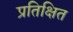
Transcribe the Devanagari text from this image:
प्रतिक्षित